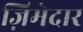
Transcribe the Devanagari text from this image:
ज़िमेदार